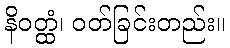
နိဝတ္ထံ၊ ဝတ်ခြင်းတည်း။